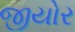
જીયોર